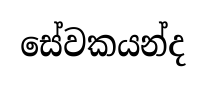
සේවකයන්ද